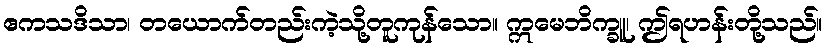
ဧကသဒိသာ၊ တယောက်တည်းကဲ့သို့တူကုန်သော။ ဣမေဘိက္ခူ၊ ဤရဟန်းတို့သည်။